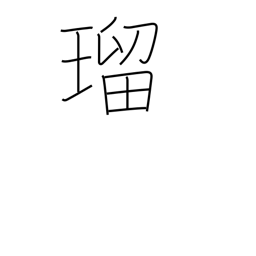
Meaning: lapis lazuli